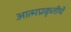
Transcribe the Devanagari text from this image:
आत्मप्रकृतीचे